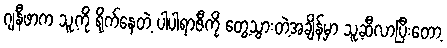
ဂျနီဖာက သူ့ကို ရိုက်နေတဲ့ ပါပါရာဇီကို တွေ့သွားတဲ့အချိန်မှာ သူ့ဆီလာပြီးတော့